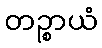
တဉ္စာယံ